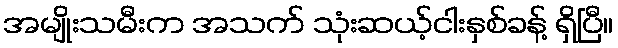
အမျိုးသမီးက အသက် သုံးဆယ့်ငါးနှစ်ခန့် ရှိပြီ။